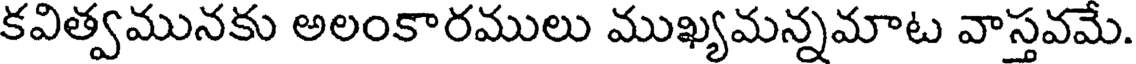
కవిత్వమునకు అలంకారములు ముఖ్యమన్నమాట వాస్తవమే.